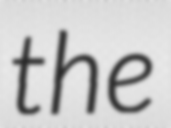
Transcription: the